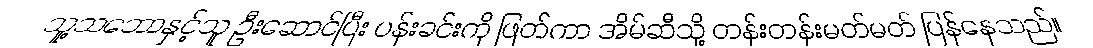
သူ့သဘောနှင့်သူ ဦးဆောင်ပြီး ပန်းခင်းကို ဖြတ်ကာ အိမ်ဆီသို့ တန်းတန်းမတ်မတ် ပြန်နေသည်။